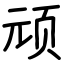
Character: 顽